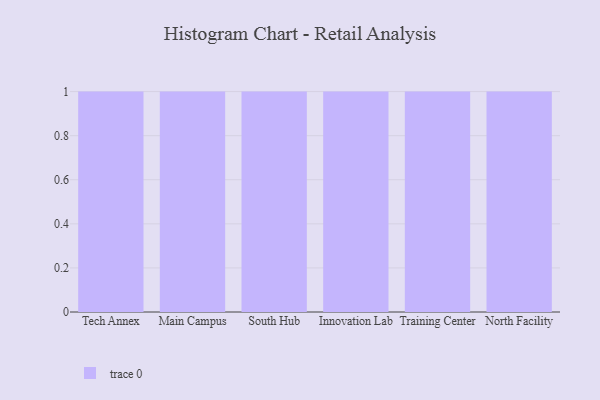
{"axis": {"x": "Campus", "y": "Conversion Rate (%)"}, "legend": [""], "data": [{"x": "Tech Annex", "y": 45, "type": ""}, {"x": "Main Campus", "y": 97, "type": ""}, {"x": "South Hub", "y": 65, "type": ""}, {"x": "Innovation Lab", "y": 17, "type": ""}, {"x": "Training Center", "y": 91, "type": ""}, {"x": "North Facility", "y": 30, "type": ""}]}